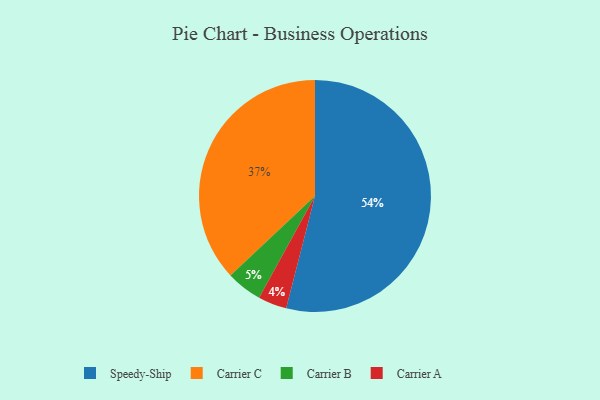
{"axis": {"x": "Category", "y": "Percentage"}, "legend": ["Carrier A", "Carrier B", "Carrier C", "Speedy-Ship"], "data": [{"x": "Carrier C", "y": 37, "type": "Carrier C"}, {"x": "Speedy-Ship", "y": 54, "type": "Speedy-Ship"}, {"x": "Carrier A", "y": 4, "type": "Carrier A"}, {"x": "Carrier B", "y": 5, "type": "Carrier B"}]}